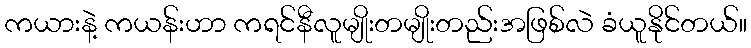
ကယားနဲ့ ကယန်းဟာ ကရင်နီလူမျိုးတမျိုးတည်းအဖြစ်လဲ ခံယူနိုင်တယ်။